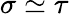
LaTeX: \sigma\simeq\tau